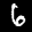
Label: 6